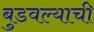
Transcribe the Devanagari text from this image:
बुडवल्याची